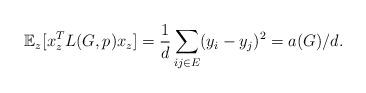
LaTeX: \begin{align*}\mathbb{E}_z[x_z^T L(G,p) x_z]=\frac 1d \sum_{ij\in E} (y_i-y_j)^2 = a(G)/d.\end{align*}